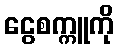
ငွေစက္ကူကို